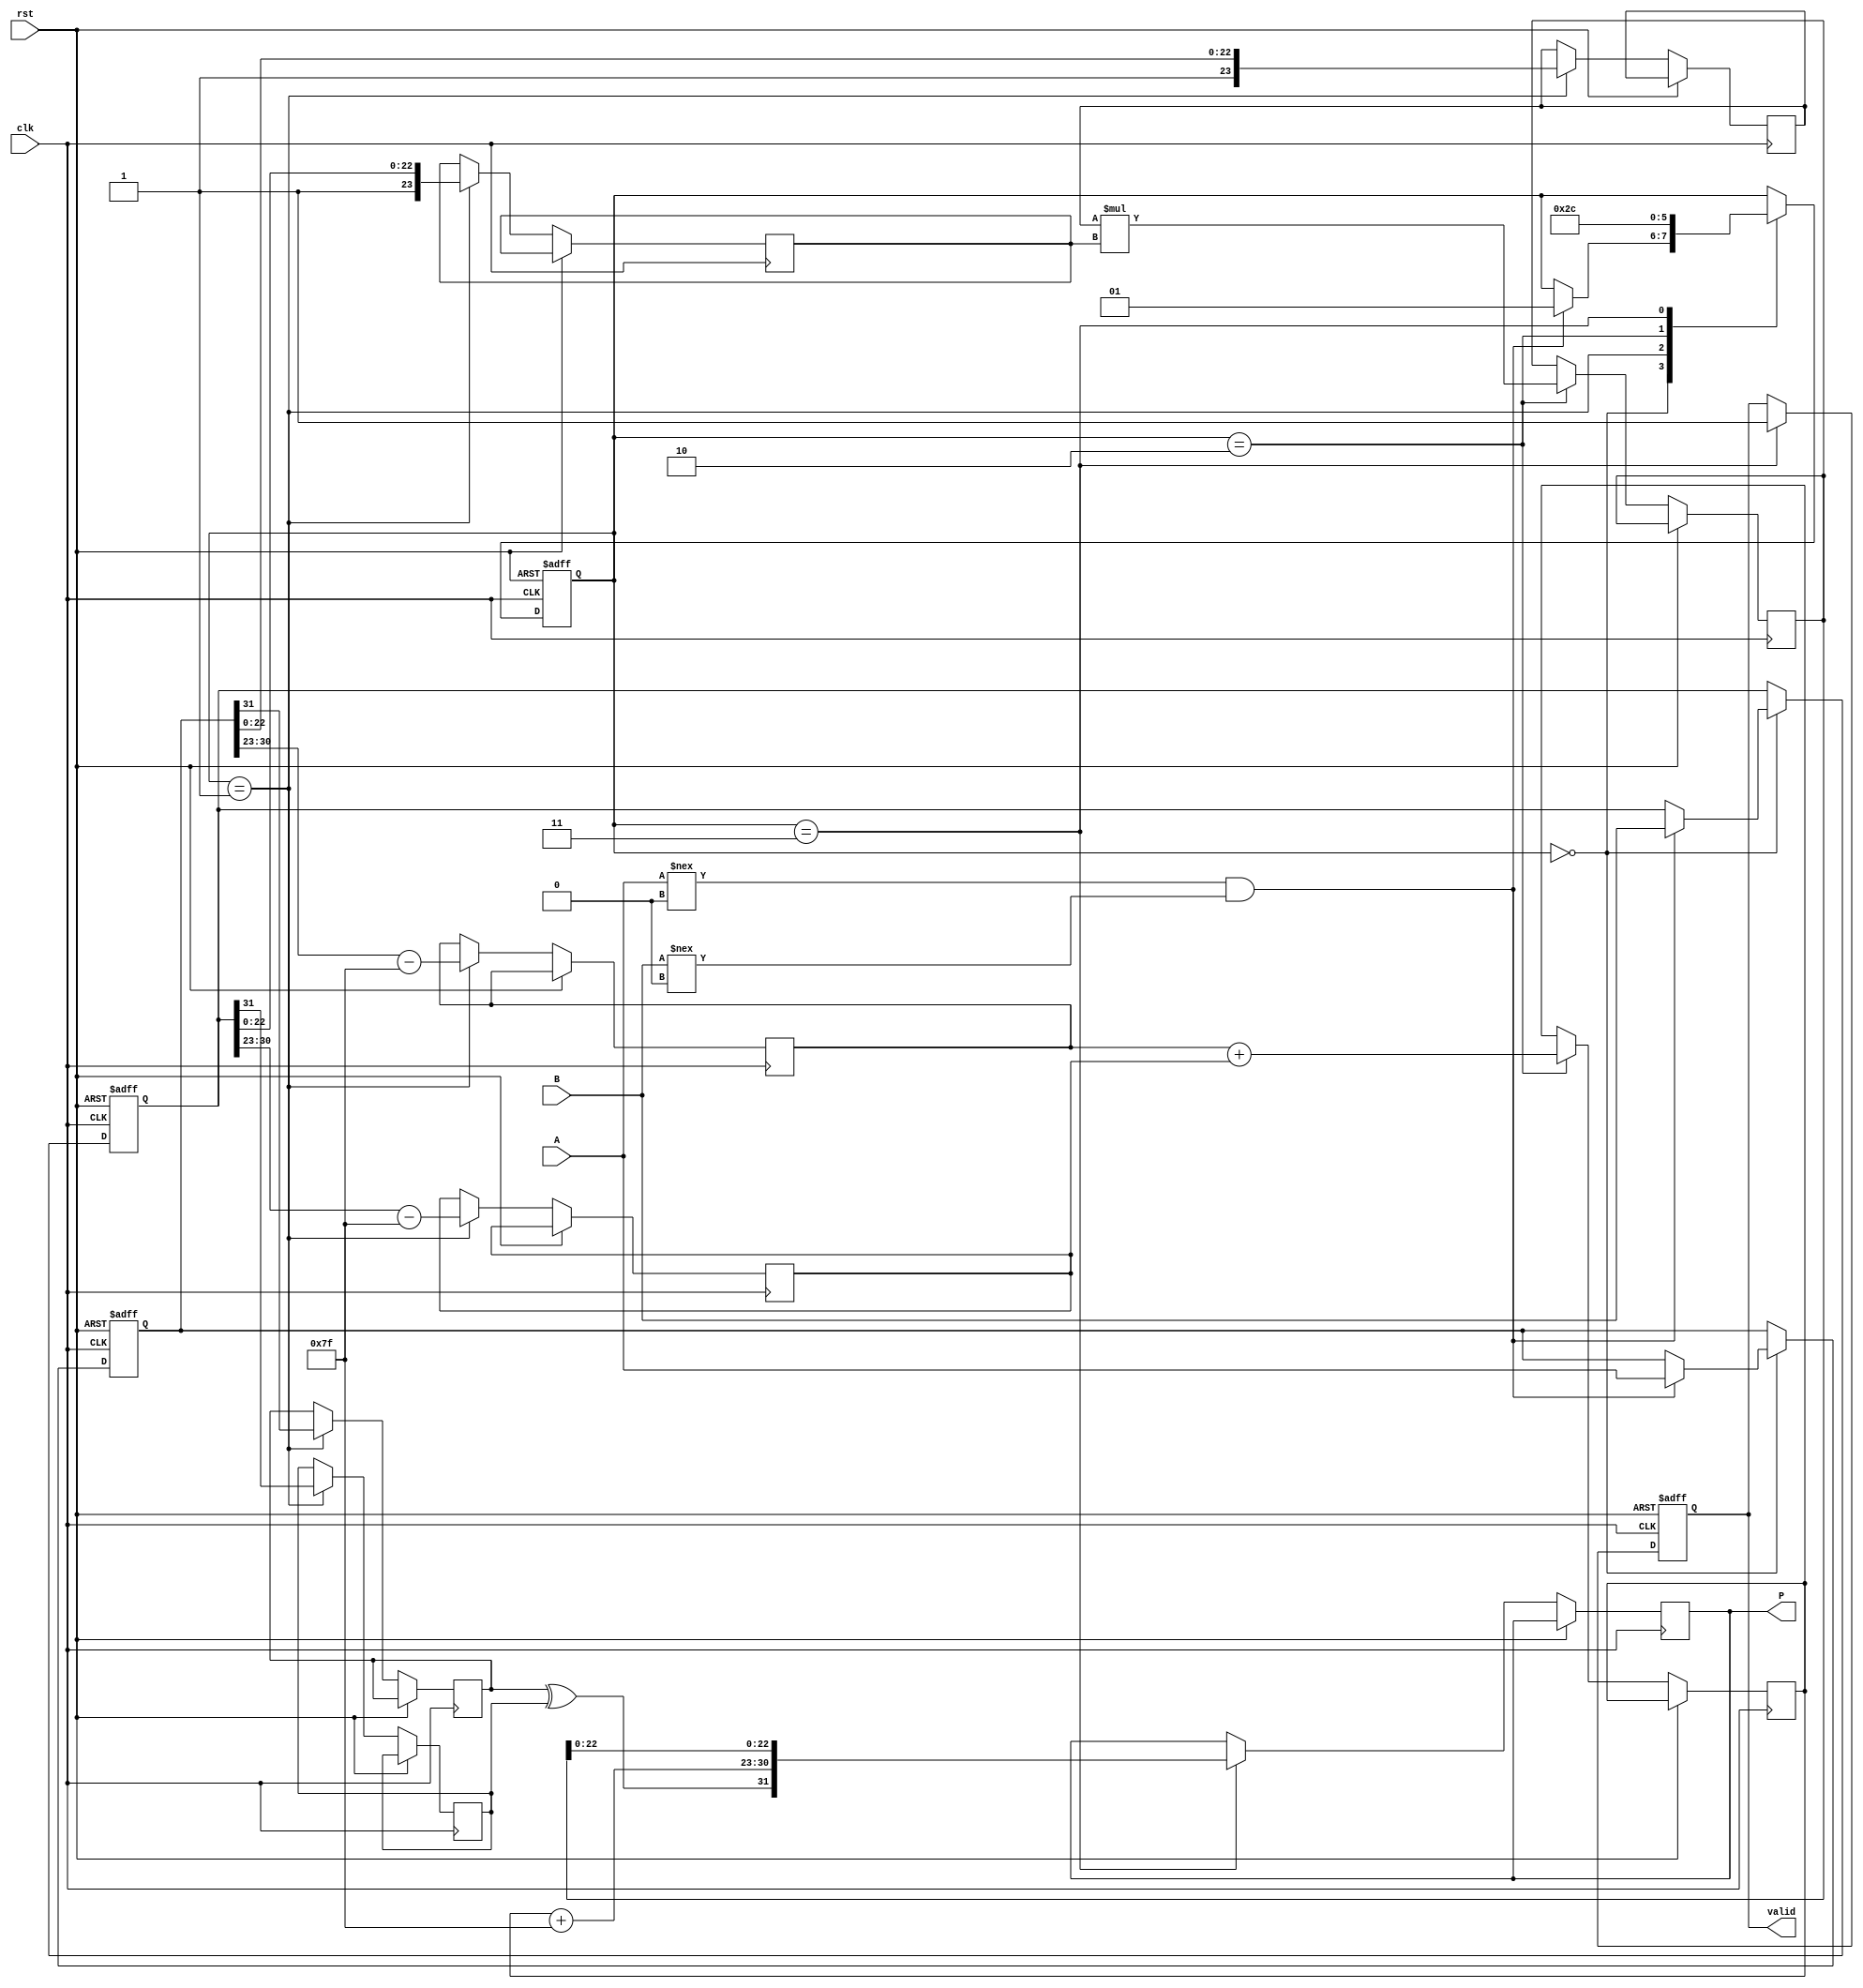
module fp_multiplier (
    input wire clk,
    input wire rst,
    input wire [31:0] A,
    input wire [31:0] B,
    output reg [31:0] P,
    output reg valid
);

    // Constants
    localparam BIAS = 8'd127;
    localparam MANTISSA_WIDTH = 23;
    localparam EXPONENT_WIDTH = 8;

    // Pipeline registers
    reg [31:0] A_reg, B_reg;
    reg [7:0] eA, eB, eP;
    reg [23:0] mA, mB, mP;
    reg sA, sB, sP;
    reg [1:0] state; // State for pipeline control

    // State definitions
    localparam IDLE = 2'b00;
    localparam DECOMPOSE = 2'b01;
    localparam MULTIPLY = 2'b10;
    localparam NORMALIZE = 2'b11;

    // Decompose inputs
    always @(posedge clk or posedge rst) begin
        if (rst) begin
            A_reg <= 32'b0;
            B_reg <= 32'b0;
            state <= IDLE;
            valid <= 1'b0;
        end else begin
            case (state)
                IDLE: begin
                    if (A !== 32'b0 && B !== 32'b0) begin
                        A_reg <= A;
                        B_reg <= B;
                        state <= DECOMPOSE;
                    end
                end
                DECOMPOSE: begin
                    sA <= A_reg[31];
                    sB <= B_reg[31];
                    eA <= A_reg[30:23] - BIAS;
                    eB <= B_reg[30:23] - BIAS;
                    mA <= {1'b1, A_reg[22:0]}; // Implicit leading 1 for normalized
                    mB <= {1'b1, B_reg[22:0]}; // Implicit leading 1 for normalized
                    state <= MULTIPLY;
                end
                MULTIPLY: begin
                    mP <= mA * mB; // Mantissa multiplication
                    eP <= eA + eB; // Exponent addition
                    state <= NORMALIZE;
                end
                NORMALIZE: begin
                    // Check for normalization
                    if (mP[47]) begin // If the result is greater than 1.0
                        mP <= mP >> 1; // Right shift to normalize
                        eP <= eP + 1; // Increment exponent
                    end
                    // Prepare final output
                    P <= {sA ^ sB, eP + BIAS, mP[22:0]}; // Combine sign, exponent, mantissa
                    valid <= 1'b1; // Set valid flag
                    state <= IDLE; // Go back to idle
                end
            endcase
        end
    end

endmodule